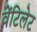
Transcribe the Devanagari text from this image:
वेंटिलेट